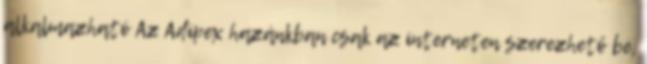
alkalmazható Az Adipex hazánkban csak az interneten szerezhető be,